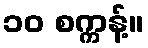
၁၀ စက္ကန့်။